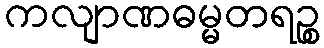
ကလျာဏဓမ္မတရဉ္စ